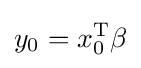
y_{0}=x_{0}^{\mathrm {T} }\beta